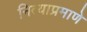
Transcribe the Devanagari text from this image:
नित्याप्रमाणे